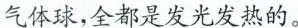
气体球，全都是发光发热的。